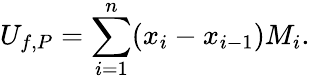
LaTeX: U_{f,P}=\sum_{i=1}^{n}(x_{i}-x_{i-1})M_{i}.\,